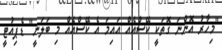
"މިހާރު އޮންނަ ގޮތަކީ ކޭސްއެއް އައިމަ އެ ކޭސްއެއް މި ބަލަނީ" ޑެޕިއުޓީ